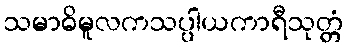
သမာဓိမူလကသပ္ပါယကာရီသုတ္တံ